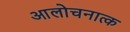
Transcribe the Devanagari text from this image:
आलोचनात्‍क